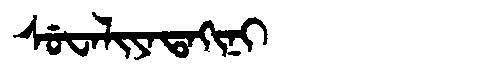
Manchu: ᠰᡠᠸᠠᠯᡳᠶᠠᡨᠠᡴᡳᠨᡳ
Romanization: SUWALIYATAKINI